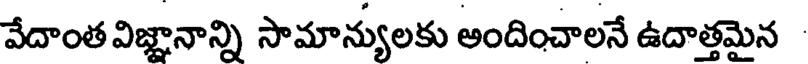
వేదాంత విజ్ఞానాన్ని సామాన్యులకు అందించాలనే ఉదాత్తమైన